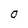
Character: O